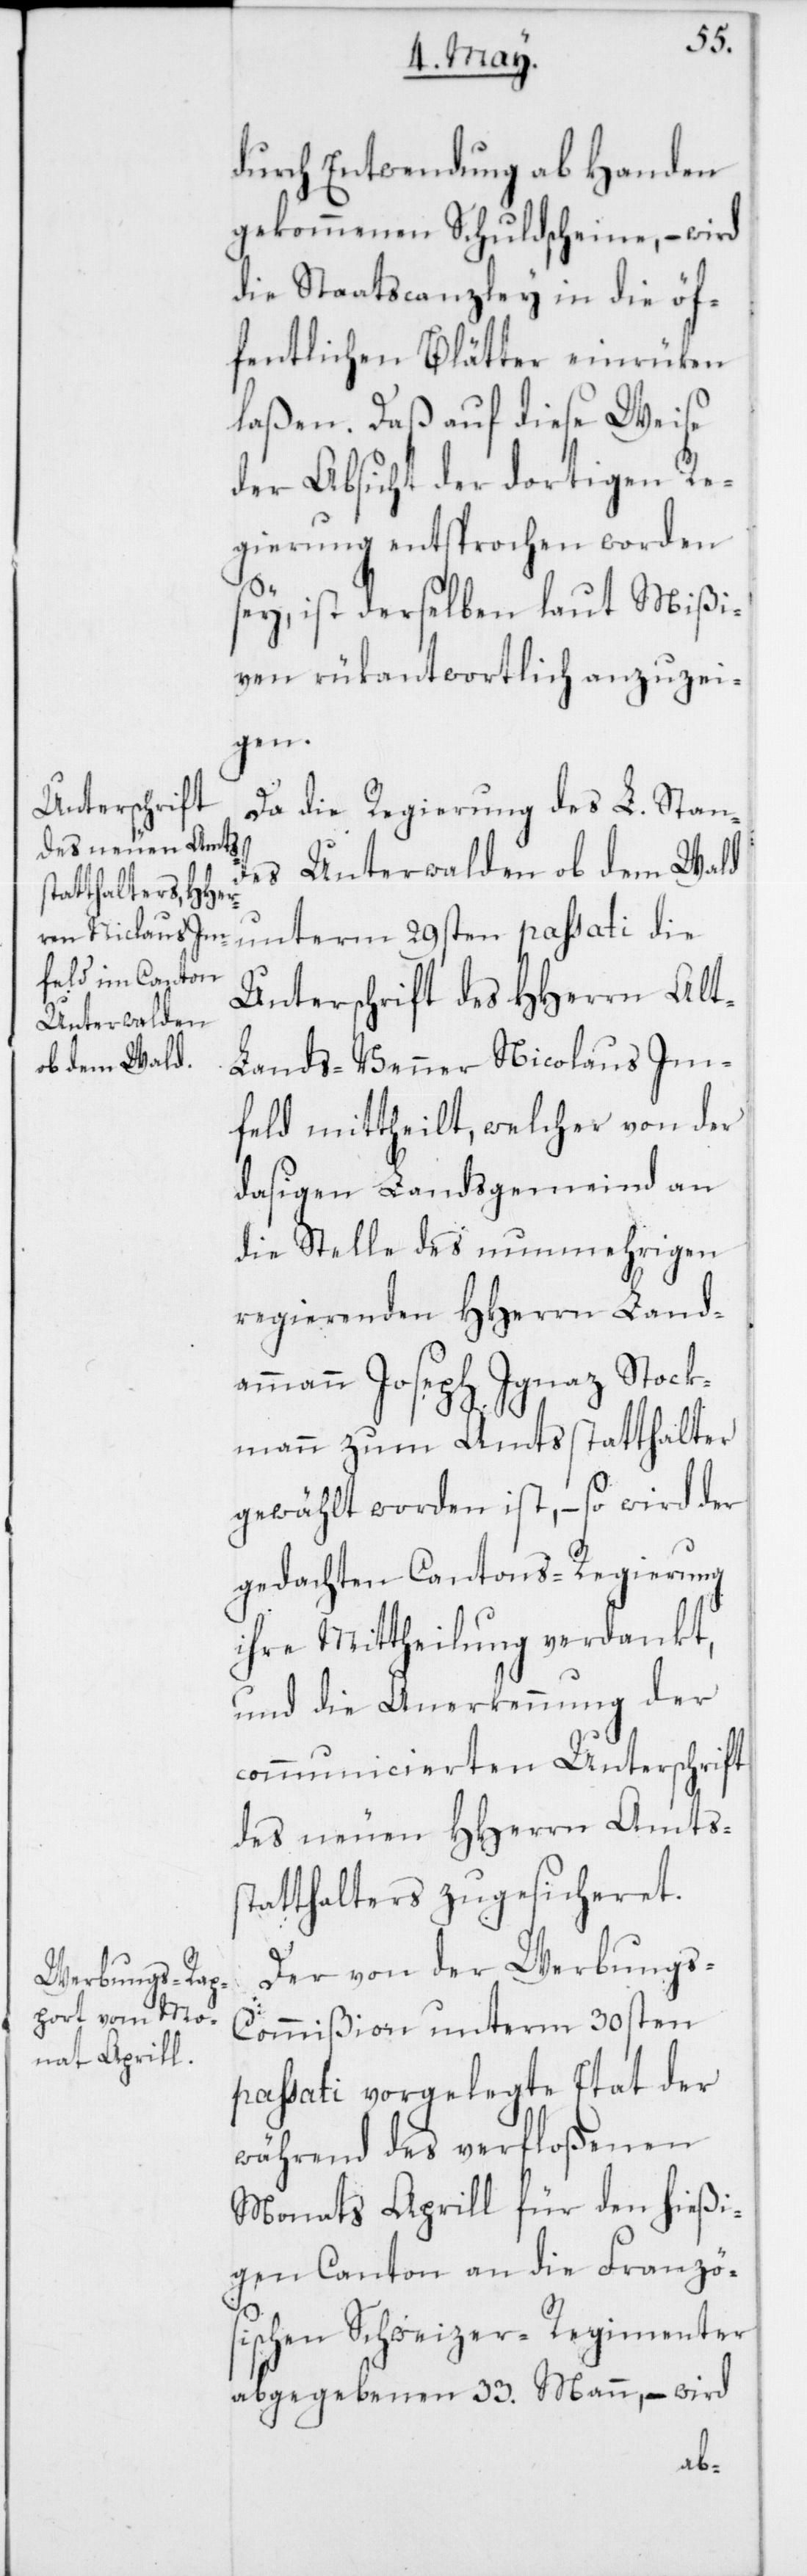
durch Entwendung ab Handen
gekommenen Schuldscheine, – wird
die Staatscanzley in die öf¬
fentlichen Blätter einrüken
laßen. Daß auf diese Weise
der Absicht der dortigen Re¬
gierung entsprochen worden
sey, ist derselben laut Mißi¬
ven rükantwortlich anzuzei¬
gen.
Da die Regierung des L. Stan¬
des Unterwalden ob dem Wald
unterm 29sten passati die
Unterschrift des HHerren Alt-L¬
ands-Venner Nicolaus Im¬
feld mittheilt, welcher von der
dasigen Landsgemeind an
die Stelle des nunmehrigen
regierenden HHerrn Land¬
ammann Joseph Ignaz Stock¬
mann zum Amtsstatthalter
gewählt worden ist, – so wird der
gedachten Cantons-Regierung
ihre Mittheilung verdankt,
und die Anerkennung der
communicierten Unterschrift
des neuen HHerrn Amts¬
statthalters zugesicheret.
Der von der Werbung¬
s-Commißion unterm 30sten
passati vorgelegte Etat der
während des verfloßenen
Monats Aprill für den hießi¬
gen Canton an die Franzö¬
sischen Schweizer-Regimenter
abgegebenen 33. Mann, – wird